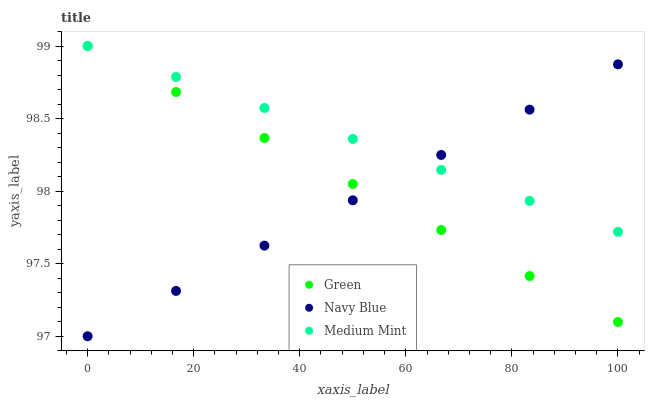
| xaxis_label | Green | Navy Blue | Medium Mint |
 | --- | --- | --- | --- |
 | 0 | 99 | 97 | 99 |
 | 16.7 | 98.7 | 97.3 | 98.8 |
 | 33.3 | 98.4 | 97.6 | 98.6 |
 | 50 | 98 | 97.9 | 98.4 |
 | 66.7 | 97.7 | 98.2 | 98.1 |
 | 83.3 | 97.4 | 98.6 | 97.9 |
 | 100 | 97.1 | 98.9 | 97.7 |